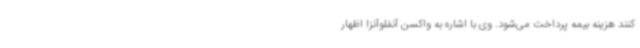
کنند هزینه بیمه پرداخت می‌شود. وی با اشاره به واکسن آنفلوآنزا اظهار